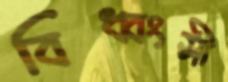
বিধ্বংসী